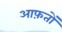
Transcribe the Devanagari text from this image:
आफ़तों